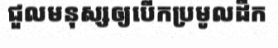
ជួលមនុស្សឲ្យបើកប្រមូលដឹក